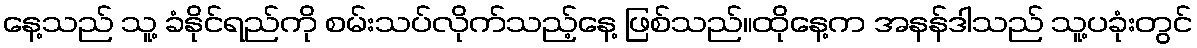
နေ့သည် သူ့ ခံနိုင်ရည်ကို စမ်းသပ်လိုက်သည့်နေ့ ဖြစ်သည်။ထိုနေ့က အနန်ဒါသည် သူ့ပခုံးတွင်